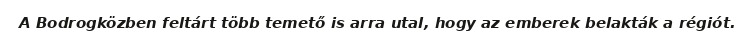
A Bodrogközben feltárt több temető is arra utal, hogy az emberek belakták a régiót.